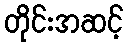
တိုင်းအဆင့်